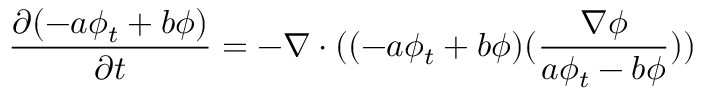
\frac { \partial ( - a \phi _ { t } + b \phi ) } { \partial t } = - \nabla \cdot ( ( - a \phi _ { t } + b \phi ) ( \frac { \nabla \phi } { a \phi _ { t } - b \phi } ) )